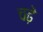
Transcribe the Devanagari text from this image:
चढे़